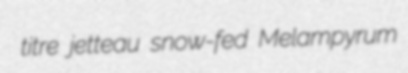
titre jetteau snow-fed Melampyrum